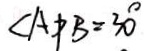
\angle A P B = 3 0 ^ { \circ }